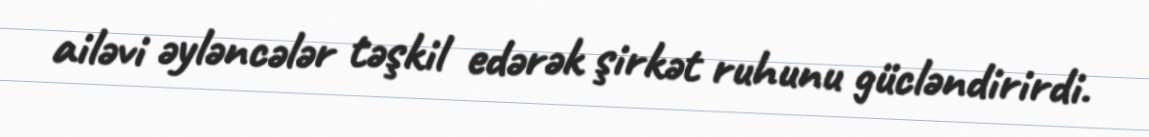
ailəvi əyləncələr təşkil edərək şirkət ruhunu gücləndirirdi.